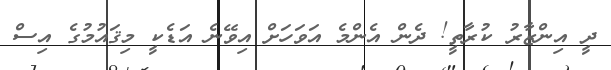
ދީ އިންޒާރު ކުރާތީ! ދެން އެންމެ އަވަހަށް އިވޭނެ އަޑެކީ މިޤައުމުގެ އިސް